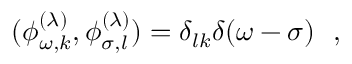
( \phi _ { \omega , k } ^ { ( \lambda ) } , \phi _ { \sigma , l } ^ { ( \lambda ) } ) = \delta _ { l k } \delta ( \omega - \sigma ) ~ ~ ,